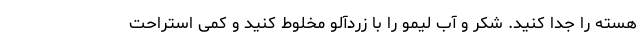
هسته را جدا کنید. شکر و آب لیمو را با زردآلو مخلوط کنید و کمی استراحت